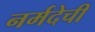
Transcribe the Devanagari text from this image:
नर्मदेची